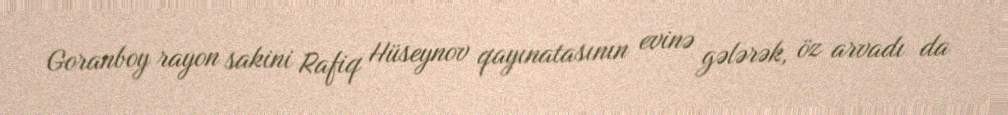
Goranboy rayon sakini Rafiq Hüseynov qayınatasının evinə gələrək, öz arvadı da